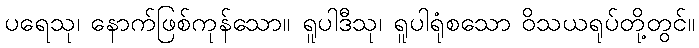
ပရေသု၊ နောက်ဖြစ်ကုန်သော။ ရူပါဒီသု၊ ရူပါရုံစသော ဝိသယရုပ်တို့တွင်။